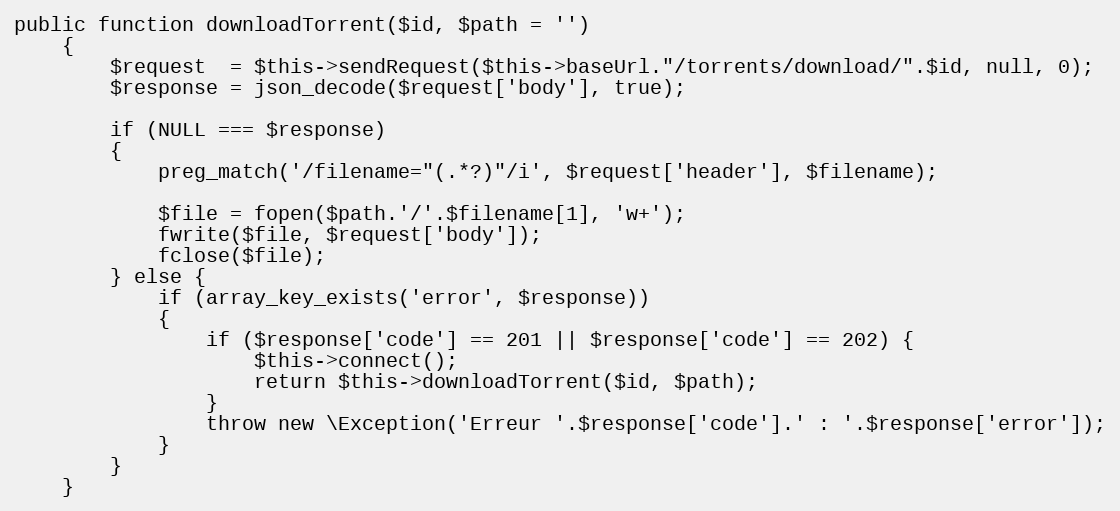
Language: PHP
public function downloadTorrent($id, $path = '')
	{
		$request  = $this->sendRequest($this->baseUrl."/torrents/download/".$id, null, 0);
		$response = json_decode($request['body'], true);

		if (NULL === $response)
		{
			preg_match('/filename="(.*?)"/i', $request['header'], $filename);

			$file = fopen($path.'/'.$filename[1], 'w+');
			fwrite($file, $request['body']);
			fclose($file);
		} else {
			if (array_key_exists('error', $response))
			{
				if ($response['code'] == 201 || $response['code'] == 202) {
					$this->connect();
					return $this->downloadTorrent($id, $path);
				}
				throw new \Exception('Erreur '.$response['code'].' : '.$response['error']);
			}
		}
	}